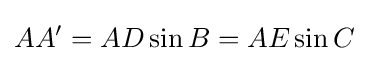
AA'=AD\sin B=AE\sin C